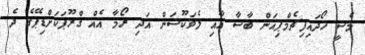
މެސީ ހޯދައިފިޗެމްޕިއަން ބާސާ އާއި ލެވަކޫސަން އަދި ރޯމާ އެއް ގްރޫޕަކަށްޑިޕޭގެ ދެ